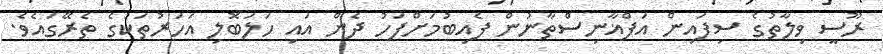
ރޫސީ ވިލާތުގެ ސިފައިން އަފްޣާނިސްތާނުން ފެއިބުމަށްފަހު ދެން އައި ހަލަބޮލި އަހަރުތަކުގެ ތެރޭގައެވެ.